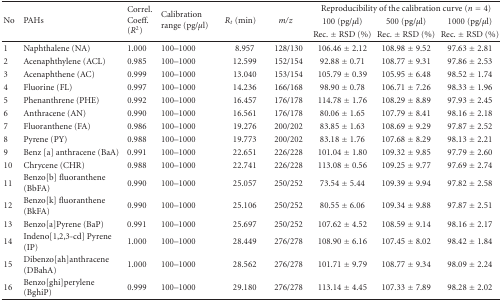
<table><thead><tr><td rowspan="3"><b>No</b></td><td rowspan="3"><b>PAHs</b></td><td rowspan="3"><b>Correl. Coeff. (<i>R</i><sup>2</sup>)</b></td><td rowspan="3"><b>Calibration range (pg/<i>μ</i>l)</b></td><td rowspan="3"><b><i>R</i><sub><i>t</i></sub> (min)</b></td><td rowspan="3"><b><i>m</i>/<i>z</i></b></td><td colspan="3"><b>Reproducibility of the calibration curve (<i>n</i> = 4)</b></td></tr><tr><td><b>100 (pg/<i>μ</i>l)</b></td><td><b>500 (pg/<i>μ</i>l)</b></td><td><b>1000 (pg/<i>μ</i>l)</b></td></tr><tr><td><b>Rec. ± RSD (%)</b></td><td><b>Rec. ± RSD (%)</b></td><td><b>Rec. ± RSD (%)</b></td></tr></thead><tbody><tr><td>1</td><td>Naphthalene (NA)</td><td>1.000</td><td>100–1000</td><td>8.957</td><td>128/130</td><td>106.46 ± 2.12</td><td>108.98 ± 9.52</td><td>97.63 ± 2.81</td></tr><tr><td>2</td><td>Acenaphthylene (ACL)</td><td>0.985</td><td>100–1000</td><td>12.599</td><td>152/154</td><td>92.88 ± 0.71</td><td>108.77 ± 9.31</td><td>97.86 ± 2.53</td></tr><tr><td>3</td><td>Acenaphthene (AC)</td><td>0.999</td><td>100–1000</td><td>13.040</td><td>153/154</td><td>105.79 ± 0.39</td><td>105.95 ± 6.48</td><td>98.52 ± 1.74</td></tr><tr><td>4</td><td>Fluorine (FL)</td><td>0.997</td><td>100–1000</td><td>14.236</td><td>166/168</td><td>98.90 ± 0.78</td><td>106.71 ± 7.26</td><td>98.33 ± 1.96</td></tr><tr><td>5</td><td>Phenanthrene (PHE)</td><td>0.992</td><td>100–1000</td><td>16.457</td><td>176/178</td><td>114.78 ± 1.76</td><td>108.29 ± 8.89</td><td>97.93 ± 2.45</td></tr><tr><td>6</td><td>Anthracene (AN)</td><td>0.990</td><td>100–1000</td><td>16.561</td><td>176/178</td><td>80.06 ± 1.65</td><td>107.79 ± 8.41</td><td>98.16 ± 2.18</td></tr><tr><td>7</td><td>Fluoranthene (FA)</td><td>0.986</td><td>100–1000</td><td>19.276</td><td>200/202</td><td>83.85 ± 1.63</td><td>108.69 ± 9.29</td><td>97.87 ± 2.52</td></tr><tr><td>8</td><td>Pyrene (PY)</td><td>0.988</td><td>100–1000</td><td>19.773</td><td>200/202</td><td>83.18 ± 1.76</td><td>107.68 ± 8.29</td><td>98.13 ± 2.21</td></tr><tr><td>9</td><td>Benz [a] anthracene (BaA)</td><td>0.991</td><td>100–1000</td><td>22.651</td><td>226/228</td><td>101.04 ± 1.80</td><td>109.32 ± 9.85</td><td>97.79 ± 2.60</td></tr><tr><td>10</td><td>Chrycene (CHR)</td><td>0.988</td><td>100–1000</td><td>22.741</td><td>226/228</td><td>113.08 ± 0.56</td><td>109.25 ± 9.77</td><td>97.69 ± 2.74</td></tr><tr><td>11</td><td>Benzo[b] fluoranthene (BbFA)</td><td>0.990</td><td>100–1000</td><td>25.057</td><td>250/252</td><td>73.54 ± 5.44</td><td>109.39 ± 9.94</td><td>97.82 ± 2.58</td></tr><tr><td>12</td><td>Benzo[k] fluoranthene (BkFA)</td><td>0.990</td><td>100–1000</td><td>25.106</td><td>250/252</td><td>80.55 ± 6.06</td><td>109.34 ± 9.88</td><td>97.87 ± 2.51</td></tr><tr><td>13</td><td>Benzo[a]Pyrene (BaP)</td><td>0.991</td><td>100–1000</td><td>25.697</td><td>250/252</td><td>107.62 ± 4.52</td><td>108.59 ± 9.14</td><td>98.16 ± 2.17</td></tr><tr><td>14</td><td>Indeno[1,2,3-cd] Pyrene (IP)</td><td>1.000</td><td>100–1000</td><td>28.449</td><td>276/278</td><td>108.90 ± 6.16</td><td>107.45 ± 8.02</td><td>98.42 ± 1.84</td></tr><tr><td>15</td><td>Dibenzo[ah]anthracene (DBahA)</td><td>1.000</td><td>100–1000</td><td>28.562</td><td>276/278</td><td>101.71 ± 9.79</td><td>108.77 ± 9.34</td><td>98.09 ± 2.24</td></tr><tr><td>16</td><td>Benzo[ghi]perylene (BghiP)</td><td>0.999</td><td>100–1000</td><td>29.180</td><td>276/278</td><td>113.14 ± 4.45</td><td>107.33 ± 7.89</td><td>98.28 ± 2.02</td></tr></tbody></table>